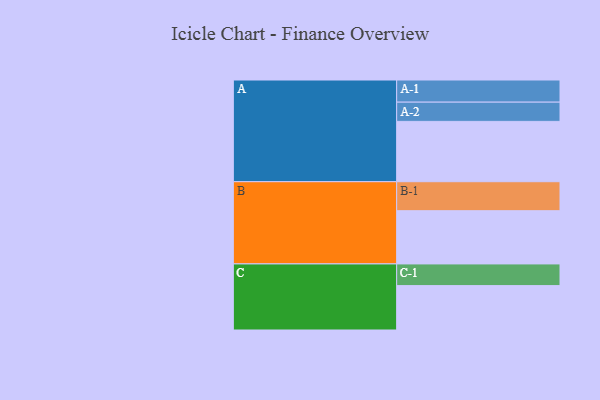
{"axis": {"x": "Segment", "y": "Value"}, "legend": ["", "A", "B", "C"], "data": [{"x": "A", "y": 545, "type": ""}, {"x": "B", "y": 481, "type": ""}, {"x": "C", "y": 401, "type": ""}, {"x": "A-1", "y": 200, "type": "A"}, {"x": "A-2", "y": 174, "type": "A"}, {"x": "B-1", "y": 262, "type": "B"}, {"x": "C-1", "y": 196, "type": "C"}]}